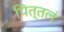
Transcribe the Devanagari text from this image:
पित्तलं